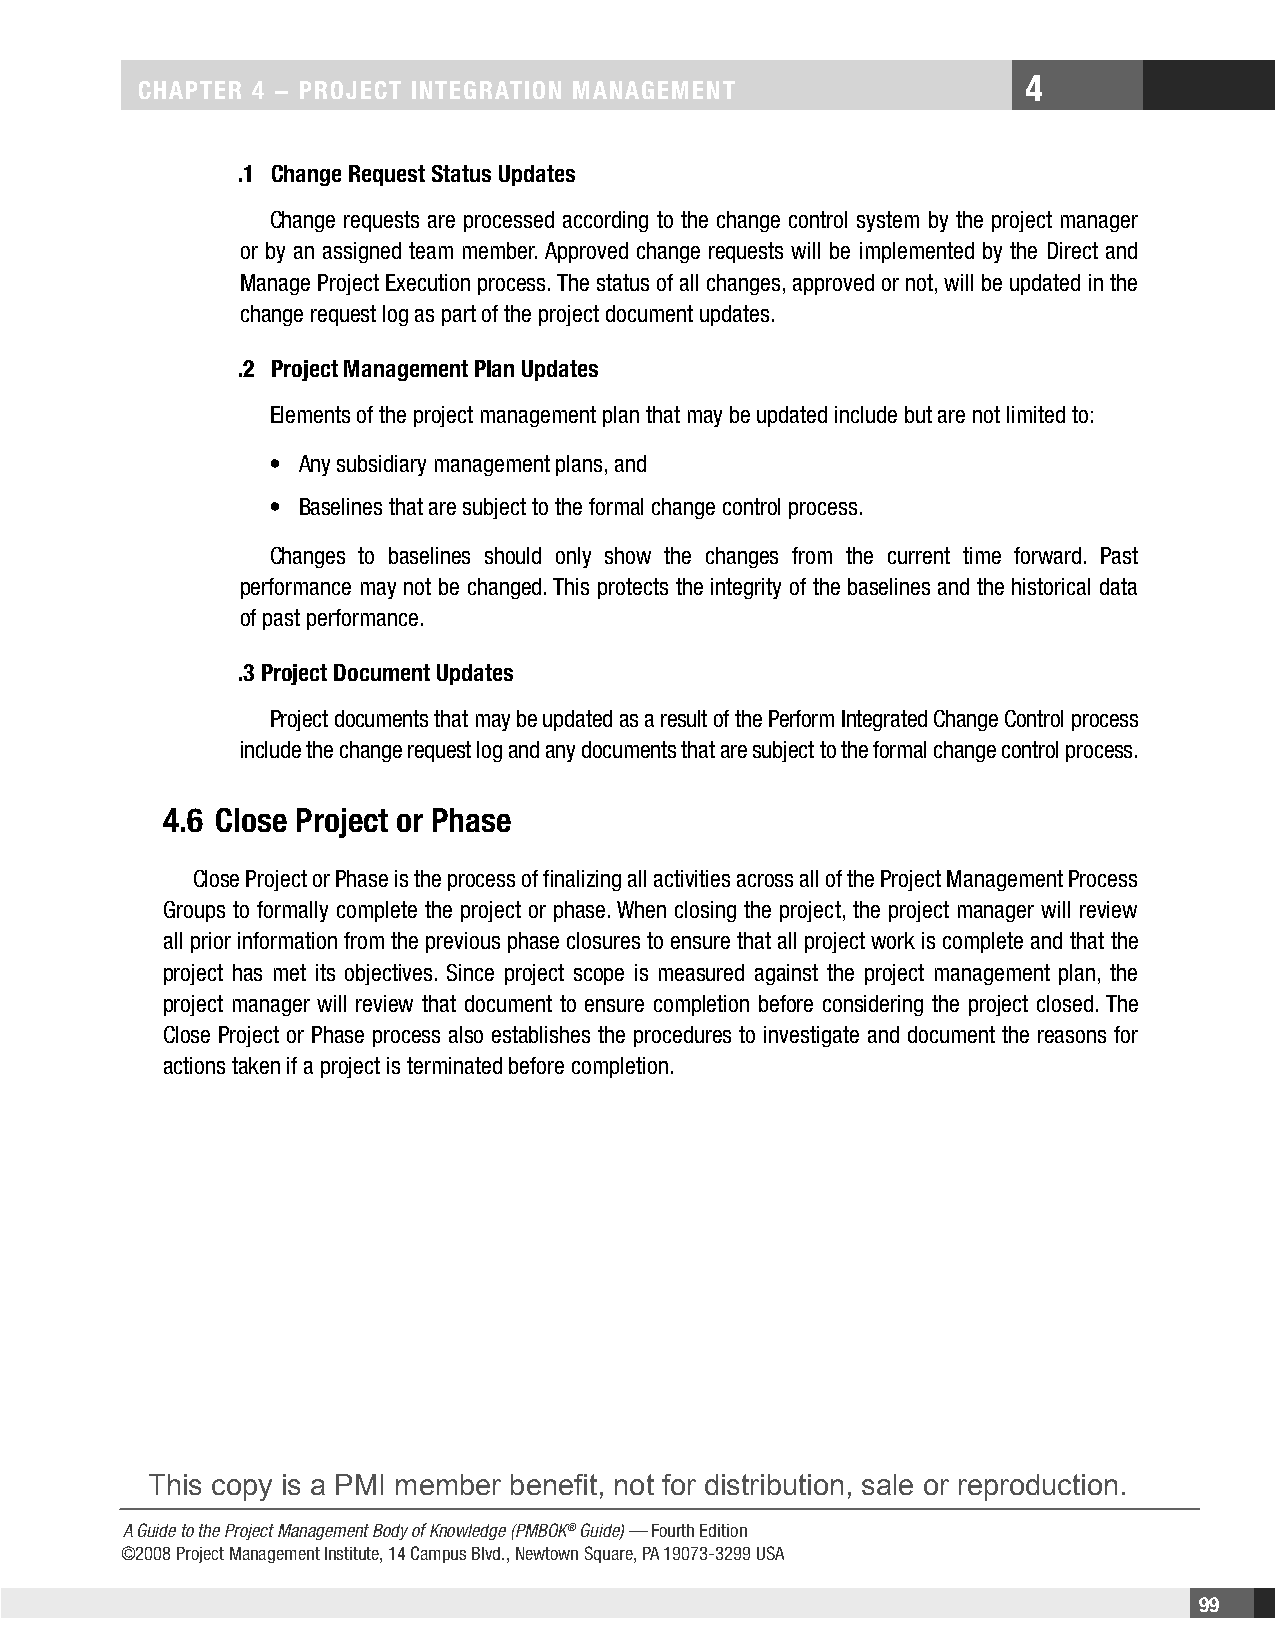
4
 CHaPteR 4 − PRojeCt IntegRatIon management
 .1 Change Request Status updates
 Change requests are processed according to the change control system by the project manager
 or by an assigned team member. Approved change requests will be implemented by the Direct and
 Manage Project Execution process. The status of all changes, approved or not, will be updated in the
 change request log as part of the project document updates.
 .2 Project management Plan updates
 Elements of the project management plan that may be updated include but are not limited to:
 • Any subsidiary management plans, and
 • Baselines that are subject to the formal change control process.
 Changes to baselines should only show the changes from the current time forward. Past
 performance may not be changed. This protects the integrity of the baselines and the historical data
 of past performance.
 .3 Project Document updates
 Project documents that may be updated as a result of the Perform Integrated Change Control process
 include the change request log and any documents that are subject to the formal change control process.
 4.6 Close Project or Phase
 Close Project or Phase is the process of finalizing all activities across all of the Project Management Process
 Groups to formally complete the project or phase. When closing the project, the project manager will review
 all prior information from the previous phase closures to ensure that all project work is complete and that the
 project has met its objectives. Since project scope is measured against the project management plan, the
 project manager will review that document to ensure completion before considering the project closed. The
 Close Project or Phase process also establishes the procedures to investigate and document the reasons for
 actions taken if a project is terminated before completion.
 This copy is a PMI member benefit, not for distribution, sale or reproduction.
 A Guide to the Project Management Body of Knowledge (PMBOK® Guide) — Fourth Edition
 ©2008 Project Management Institute, 14 Campus Blvd., Newtown Square, PA 19073-3299 USA
 99